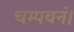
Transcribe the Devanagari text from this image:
चम्पवनं।